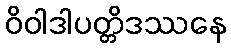
ဝိဝါဒါပတ္တိဒဿနေ